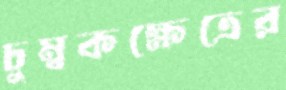
চুম্বকক্ষেত্রের